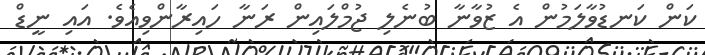
ކަން ކަނޑުވާލަމުން އެ ޒުވާނާ ބުނެލި ޖުމްލައިން ރަނާ ހައިރާންވިއެވެ. އައި ނީޑް